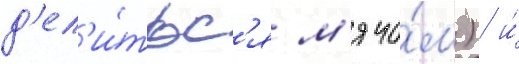
д'ел'и́тьс'я м'ячо́м) / и́